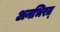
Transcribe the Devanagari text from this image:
अनभिरत्